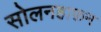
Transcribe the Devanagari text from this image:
सोलनहाफ़न